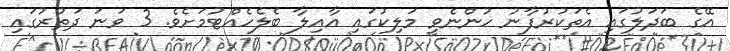
އޭގެ ބަދަލުގައި އެތަކުރުފާނު ހުންނެވީ މަލިކުގައި އާއިލާ ބެލެހެއްޓުމަށެވެ. 3 ވަނަ ދަތުރުގައި